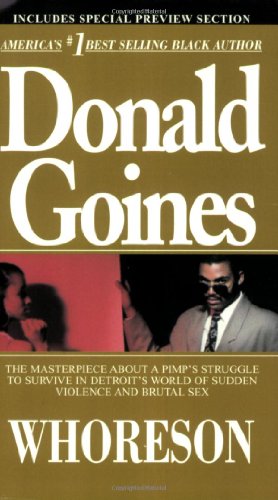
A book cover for Whoreson; Donald Goines; Literature & Fiction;